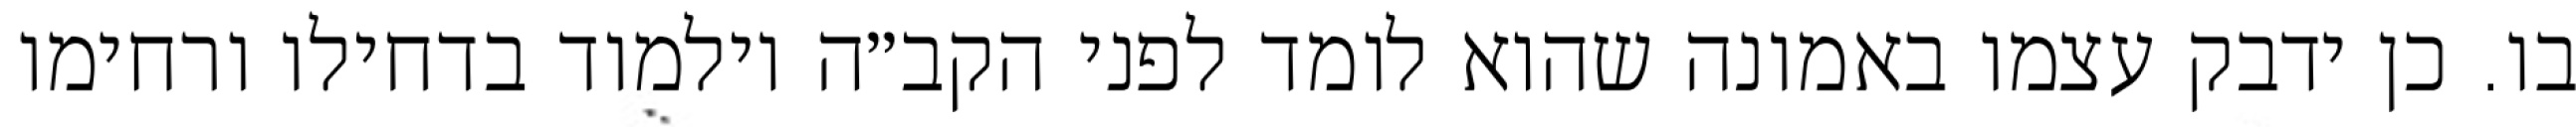
בו. כן ידבק עצמו באמונה שהוא לומד לפני הקב״ה וילמוד בדחילו ורחימו